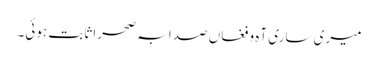
میری ساری آہ و فغاں صدا بہ صحرا ثابت ہوئی۔